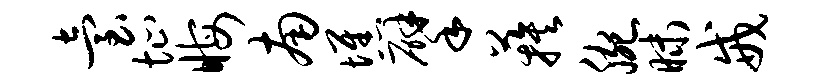
台址晦南憔擘蔟腕昧戒